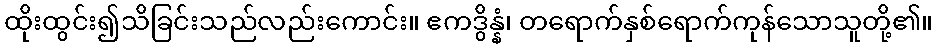
ထိုးထွင်း၍သိခြင်းသည်လည်းကောင်း။ ဧကဒွိန္နံ၊ တရောက်နှစ်ရောက်ကုန်သောသူတို့၏။